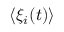
\langle \xi _ { i } ( t ) \rangle